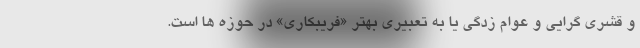
و قشری گرایی و عوام زدگی یا به تعبیری بهتر «فریبکاری» در حوزه ها است.